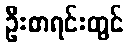
ဦးစာရင်းတွင်